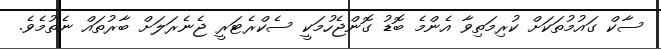
ސާކް ގައުމުތަކަށް ކުރިމަތިވާ އެންމެ ބޮޑު ގޮންޖެހުމަކީ ސެކްރެޓަރީ ޖެނެރަލަށް ބާރުތައް ނެތުމެވެ.